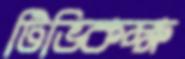
টিভিকক্ষ